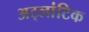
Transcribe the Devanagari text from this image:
अट्लांटिक